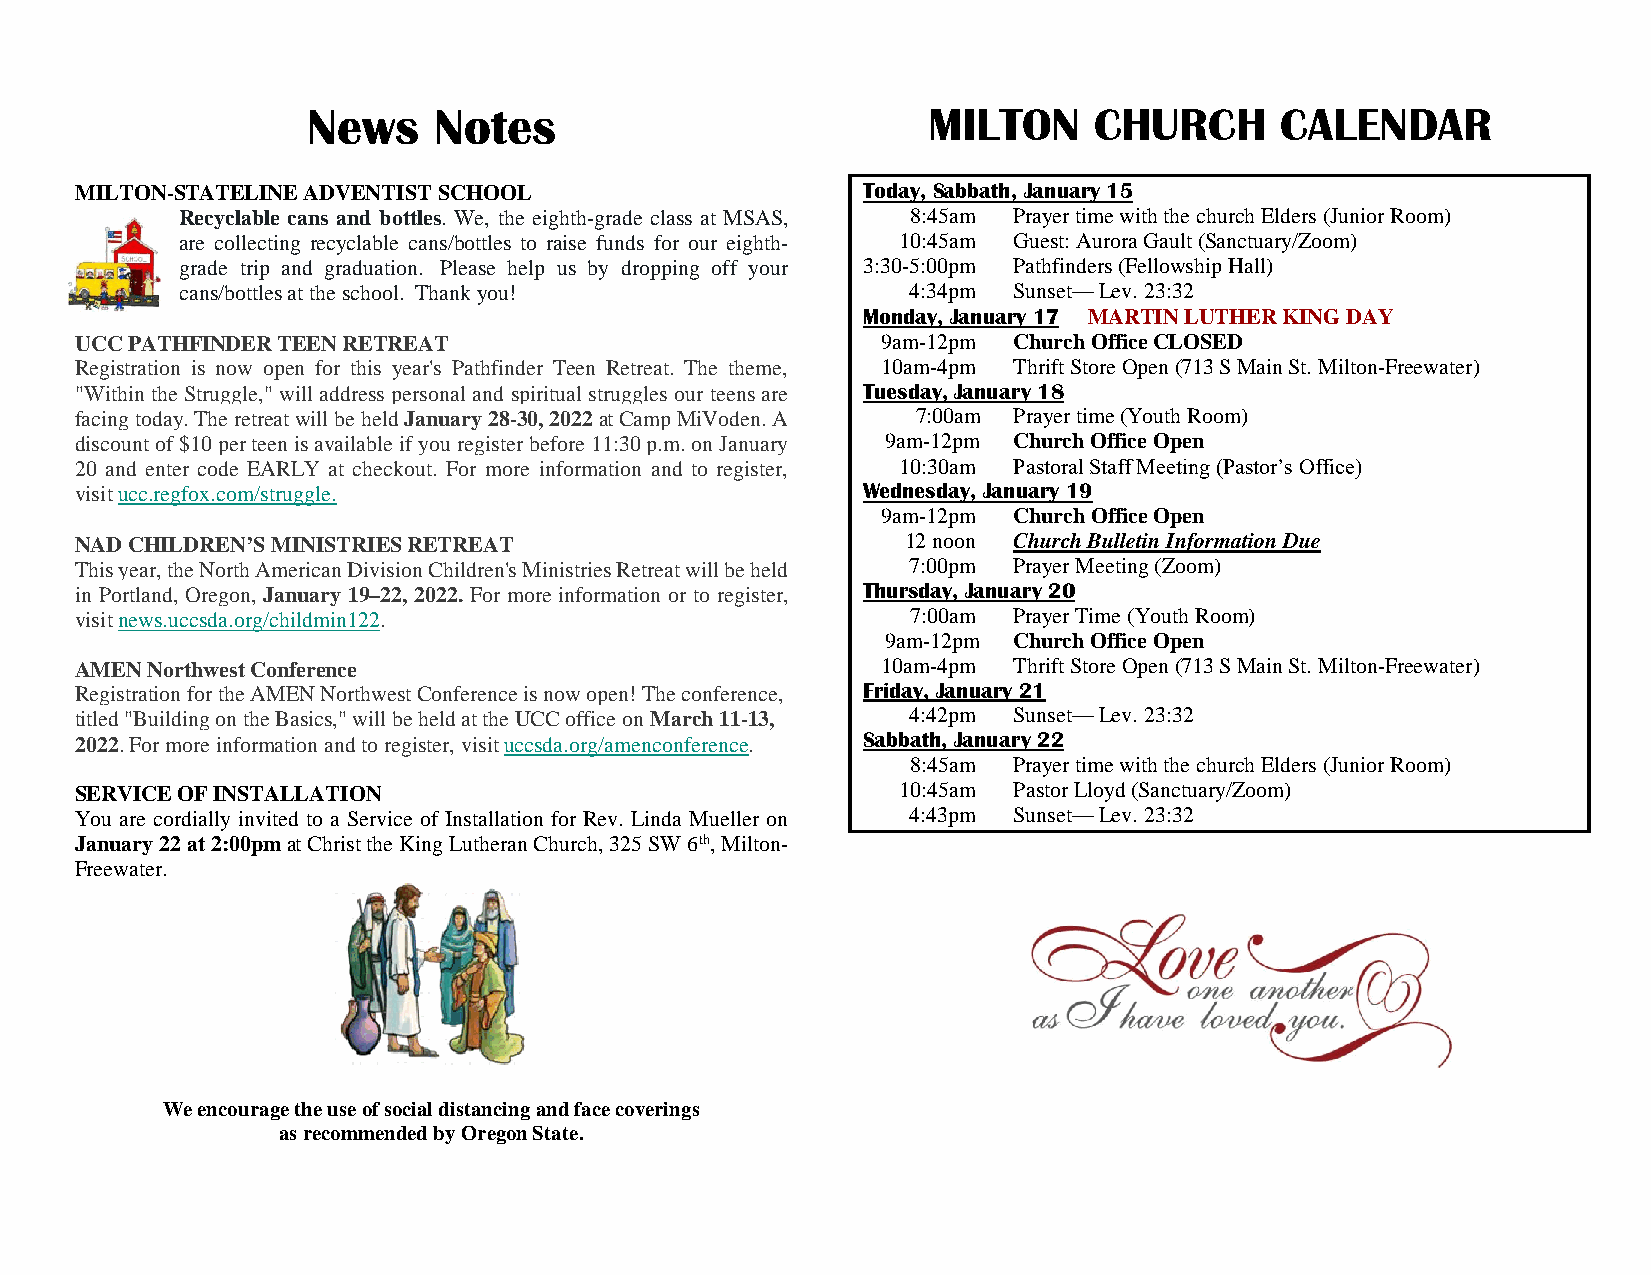
News     Notes                           MILTON     CHURCH       CALENDAR
 MILTON-STATELINE ADVENTIST SCHOOL                   Today, Sabbath, January 15
 Recyclable cans and bottles. We, the eighth-grade class at MSAS, 8:45am Prayer time with the church Elders (Junior Room)
 are collecting recyclable cans/bottles to raise funds for our eighth- 10:45am Guest: Aurora Gault (Sanctuary/Zoom)
 grade trip and graduation. Please help us by dropping off your 3:30-5:00pm Pathfinders (Fellowship Hall)
 cans/bottles at the school. Thank you!          4:34pm Sunset— Lev. 23:32
 Monday, January 17 MARTIN LUTHER KING DAY
 UCC PATHFINDER TEEN RETREAT                          9am-12pm Church Office CLOSED
 Registration is now open for this year's Pathfinder Teen Retreat. The theme, 10am-4pm Thrift Store Open (713 S Main St. Milton-Freewater)
 "Within the Struggle," will address personal and spiritual struggles our teens are Tuesday, January 18
 facing today. The retreat will be held January 28-30, 2022 at Camp MiVoden. A 7:00am Prayer time (Youth Room)
 discount of $10 per teen is available if you register before 11:30 p.m. on January 9am-12pm Church Office Open
 20 and enter code EARLY at checkout. For more information and to register, 10:30am Pastoral Staff Meeting (Pastor’s Office)
 visit ucc.regfox.com/struggle.                      Wednesday, January 19
 9am-12pm Church Office Open
 NAD CHILDREN’S MINISTRIES RETREAT                      12 noon Church Bulletin Information Due
 This year, the North American Division Children's Ministries Retreat will be held 7:00pm Prayer Meeting (Zoom)
 in Portland, Oregon, January 19–22, 2022. For more information or to register, Thursday, January 20
 visit news.uccsda.org/childmin122.                     7:00am Prayer Time (Youth Room)
 9am-12pm Church Office Open
 AMEN Northwest Conference                            10am-4pm Thrift Store Open (713 S Main St. Milton-Freewater)
 Registration for the AMEN Northwest Conference is now open! The conference, Friday, January 21
 titled "Building on the Basics," will be held at the UCC office on March 11-13, 4:42pm Sunset— Lev. 23:32
 2022. For more information and to register, visit uccsda.org/amenconference. Sabbath, January 22
 8:45am Prayer time with the church Elders (Junior Room)
 SERVICE OF INSTALLATION                               10:45am Pastor Lloyd (Sanctuary/Zoom)
 You are cordially invited to a Service of Installation for Rev. Linda Mueller on 4:43pm Sunset— Lev. 23:32
 January 22 at 2:00pm at Christ the King Lutheran Church, 325 SW 6th, Milton-
 Freewater.
 We encourage the use of social distancing and face coverings
 as recommended by Oregon State.